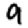
Digit: 9